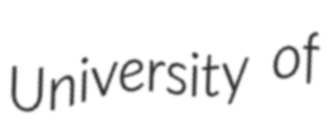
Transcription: University of